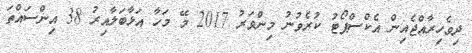
ދިވެހިރާއްޖެއިން އެކްސްޕޯޓު ކުރެވުނު މިންވަރު 2017 މޭ މަހާ އަޅާބަލާއިރު 38 އިންސައްތަ